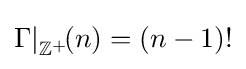
{\Gamma |}_{\mathbb {Z} ^{+}}\!(n)=(n-1)!